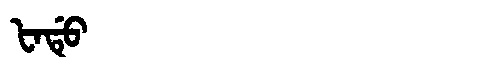
Manchu: ᡶᠠᡩᡠ
Romanization: FADU